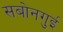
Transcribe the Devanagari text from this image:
सबोनगुई